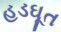
હડઘૂત